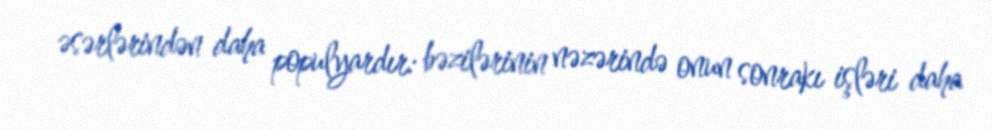
əsərlərindən daha populyardır: bəzilərinin nəzərində onun sonrakı işləri daha